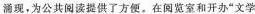
涌现，为公共阅读提供了方便。在阅览室和开办”文学